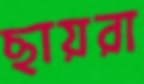
ছায়রা